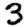
Digit: 3